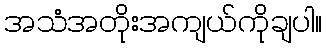
အသံအတိုးအကျယ်ကိုချပါ။